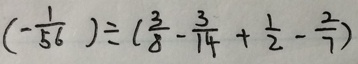
( - \frac { 1 } { 5 6 } ) \div ( \frac { 3 } { 8 } - \frac { 3 } { 1 4 } + \frac { 1 } { 2 } - \frac { 2 } { 7 } )